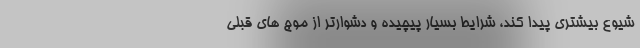
شیوع بیشتری پیدا کند، شرایط بسیار پیچیده و دشوارتر از موج های قبلی